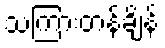
သကြားတန်ချိန်